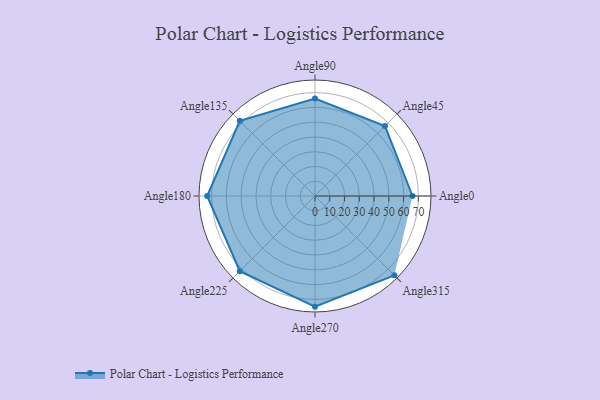
{"axis": {"x": "Angle", "y": "Radius"}, "legend": [""], "data": [{"x": "Angle0", "y": 66.0, "type": ""}, {"x": "Angle45", "y": 67.0, "type": ""}, {"x": "Angle90", "y": 66.0, "type": ""}, {"x": "Angle135", "y": 72.0, "type": ""}, {"x": "Angle180", "y": 73.0, "type": ""}, {"x": "Angle225", "y": 72.0, "type": ""}, {"x": "Angle270", "y": 75.0, "type": ""}, {"x": "Angle315", "y": 76.0, "type": ""}]}